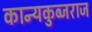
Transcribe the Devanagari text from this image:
कान्यकुब्जराज